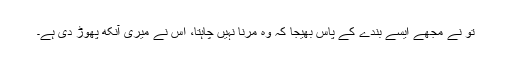
تو نے مجھے ایسے بندے کے پاس بھیجا کہ وہ مرنا نہیں چاہتا، اس نے میری آنکھ پھوڑ دی ہے۔